Vaccination in Bombay 1856-1862 - 1856-1862
Year: 1856
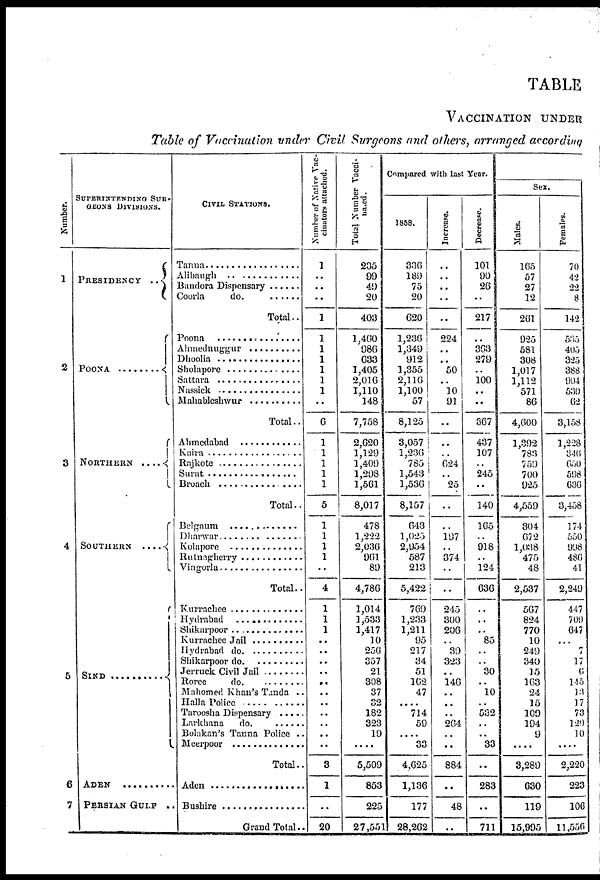
TABLE
VACCINATION UNDER
Table of Vaccination under Civil Surgeons and others, arranged according
Number.
1
2
3
4
5
6
7
SUPERINTENDING SUR-
GEONS DIVISIONS.
PRESIDENCY . .
POONA.......
NORTHERN . . . . . .
SOUTHERN . . . . . . .
SIND.............
ADEN . . . . . . . . .
PERSIAN GULF ..
CIVIL STATIONS.
Tanna . . . . . . . . . . .
Alibaugh . . . . . . . . .
Bandora Dispensary . . . . .
Coorla do. . . . . . . .
Total..
Poona . . . . . . . .
Ahmednuggur . . . . . . .
Dhoolia . . . . . .
Sholapore . . . . . . .
Sattara . . . . . . . . .
Nassick . . . . . . .
Mahableshwur . . . . . . . . .
Total..
Ahmedabad . . . . . . . . . .
Kaira . . . . . . . . . .
Rajkote . . . . . . . . . .
Surat . . . . . . . . .
Broach . . . . . . . .
Total..
Belgaum . . . . . . . . . . .
Dharwar . . . . . . . . . .
Kolapore . . . . . . . . . .
Rutnagherry . . . . . . . .
Vingorla . . . . . . . . .
Total..
Kurrachee . . . . . . . . .
Hydrabad . . . . . . . . .
Shikarpoor . . . . . . . .
Kurrachee Jail . . . . . . . . .
Hydrabad do. . . . . . . .
Shikarpoor do. . . . . . . .
Jerruck Civil Jail . . . . . . .
Roree do. . . . . . . . . .
Mahomed Khan's Tanda ..
Halla Police . . . . . . . . .
Taroosha Dispensary . . . .
Larkhana do. . . . . . . .
Bolakan's Tanna Police . .
Meerpoor . . . . . .
Total..
Aden . . . . . . . . . .
Bushire . . . . . . . . .
Grand Total..
Number of Native Vac-
cinators attached.
1
.. ..
..
1
1
1
1
1
1
1
..
6
1
1
1
1
1
5
1
1
1
1
..
4
1
1
1
..
..
..
..
..
..
..
..
..
..
..
3
1
..
20
Total Number Vacci-
nated.
235
99
49
20
403
1,460
986
633
1,405
2,016
1,110
148
7,758
2,620
1,129
1,409
1,298
1,561
8,017
478
1,222
2,036
961
89
4,786
1,014
1,533
1,417
10
256
357
21
308
37
32
182
323
19
....
5,509
853
225
27,551
Compared with last Year.
1858
336
189
75
20
620
1,236
1,349
912
1,355
2,116
1,100
57
8,125
3,057
1,236
785
1,543
1,536
8,157
643
1,025
2,954
587
213
5,422
769
1,233
1,211
95
217
34
51
162
47
....
714
59
....
33
4,625
1,136
177
28,262
Increase.
..
..
..
..
..
224
..
..
50
..
10
91
..
..
..
624
..
25
..
..
197
..
374
..
..
245
300
206
..
39
323
..
146
..
..
..
264
..
..
884
..
48
..
Decrease.
101
90
26
..
217
..
363
279
..
100
..
..
367
437
107
..
245
..
140
165
..
918
..
124
636
..
..
..
85
..
..
30
.. 10
..
532
..
..
33
..
283
..
711
Sex.
Males.
165
57
27
12
261
925
581
308
1,017
1,112
571
86
4,600
1,392
783
759
700
925
4,559
304
672
1,038
475
48
2,537
567
824
770
10
249
340
15
163
24
15
109
194
9
....
3,289
630
119
15,995
Females.
70
42
22
8
142
535
405
325
388
904
539
62
3,158
1,228
346
650
598
636
3,458
174
550
998
486
41
2,249
447
709
647
...
7
17
6
145
13
17
73
129
10
....
2,220
223
106
11,556